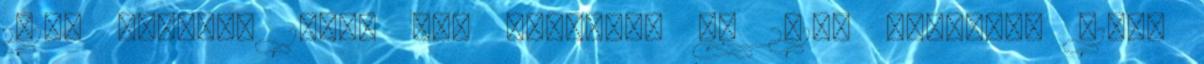
2015. február 1-jén lép hatályba és 2015. december 31-ig